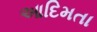
આદિમતા